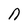
Character: n